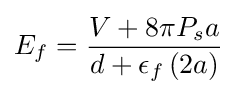
E_{f}={\frac {V+8\pi P_{s}a}{d+\epsilon _{f}\left(2a\right)}}